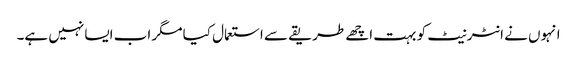
انہوں نے انٹرنیٹ کو بہت اچھے طریقے سے استعمال کیا مگر اب ایسا نہیں ہے۔